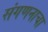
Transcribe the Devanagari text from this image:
संगणनाचा